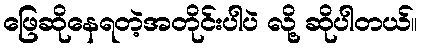
ဖြေဆိုနေရတဲ့အတိုင်းပါပဲ လို့ ဆိုပါတယ်။